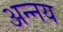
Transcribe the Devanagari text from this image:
अन्‍नय